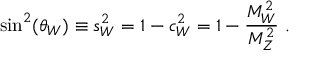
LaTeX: { \sin ^ { 2 } ( \theta _ { W } ) \equiv s _ { W } ^ { 2 } = 1 - c _ { W } ^ { 2 } = 1 - { \frac { M _ { W } ^ { 2 } } { M _ { Z } ^ { 2 } } } } \ .